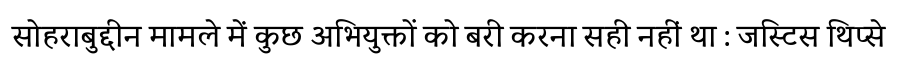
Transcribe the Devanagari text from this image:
सोहराबुद्दीन मामले में कुछ अभियुक्तों को बरी करना सही नहीं था : जस्टिस थिप्से